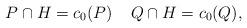
LaTeX: \begin{align*}P\cap H= c_0(P) \;\;\;\; Q\cap H = c_0(Q),\end{align*}